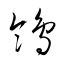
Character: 鴒